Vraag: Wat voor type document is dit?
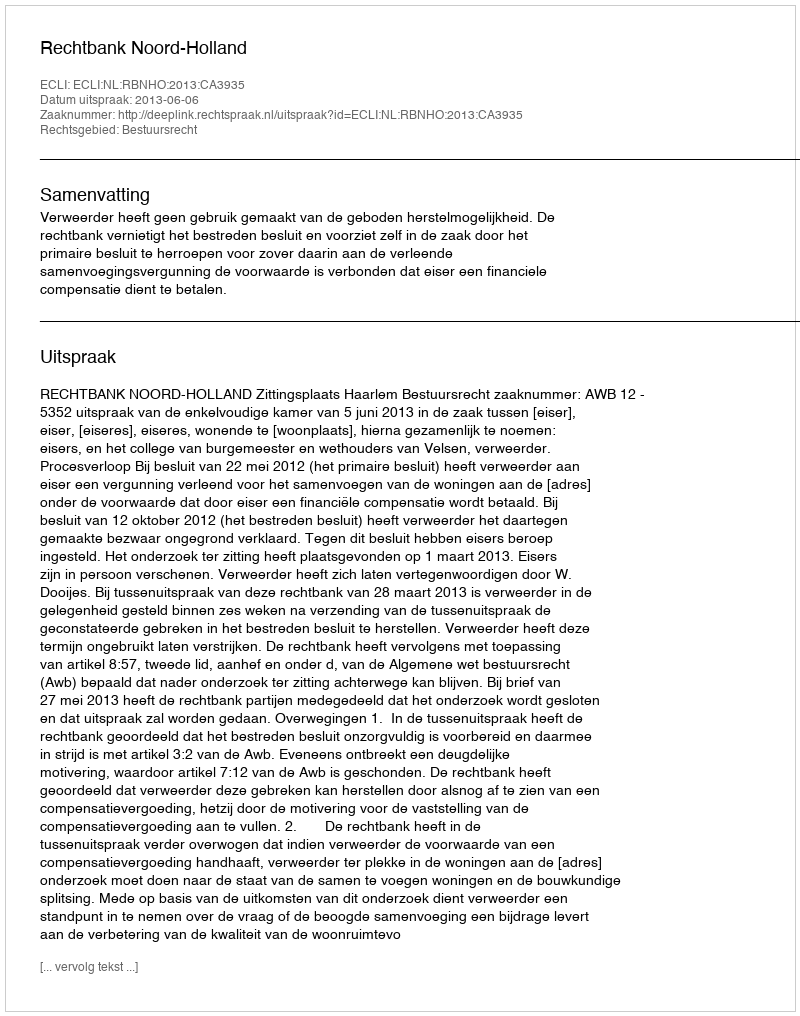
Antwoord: Uitspraak